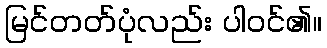
မြင်တတ်ပုံလည်း ပါဝင်၏။